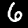
Label: 6